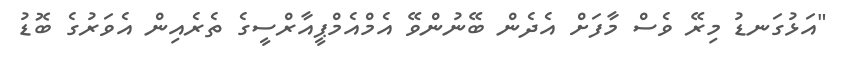
"އަޅުގަނޑު މިރޭ ވެސް މާފަށް އެދެން ބޭނުންވޭ އެމްއެމްޕީއާރްސީގެ ތެރެއިން އެވަރުގެ ބޮޑު